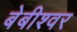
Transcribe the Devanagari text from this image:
बेबीश्वर